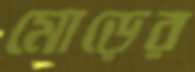
মোড়ের